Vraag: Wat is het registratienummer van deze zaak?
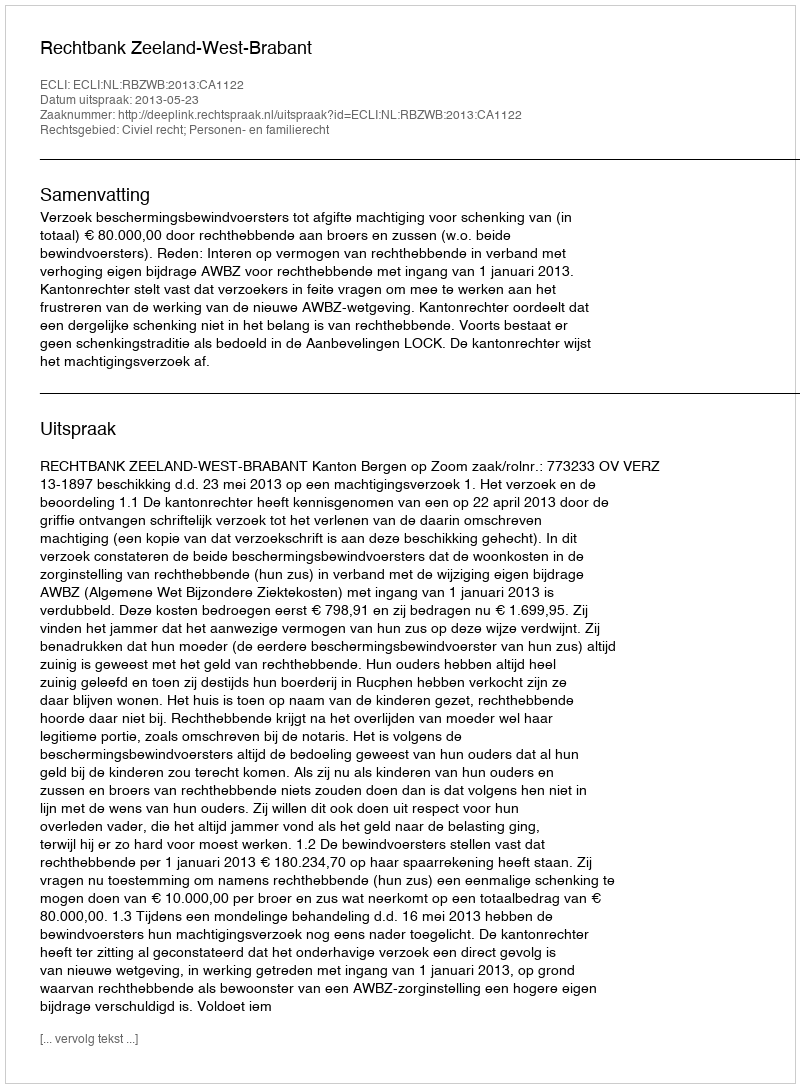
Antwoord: http://deeplink.rechtspraak.nl/uitspraak?id=ECLI:NL:RBZWB:2013:CA1122